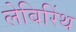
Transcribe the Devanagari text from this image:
लेबिरिंथ